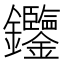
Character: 𨰹